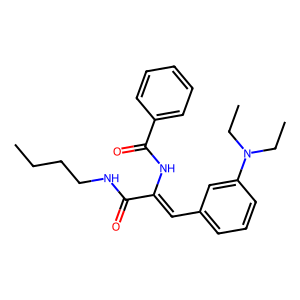
SMILES: CCCCNC(=O)C(=Cc1cccc(N(CC)CC)c1)NC(=O)c1ccccc1
Inhibits HIV replication: No